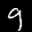
Label: 9